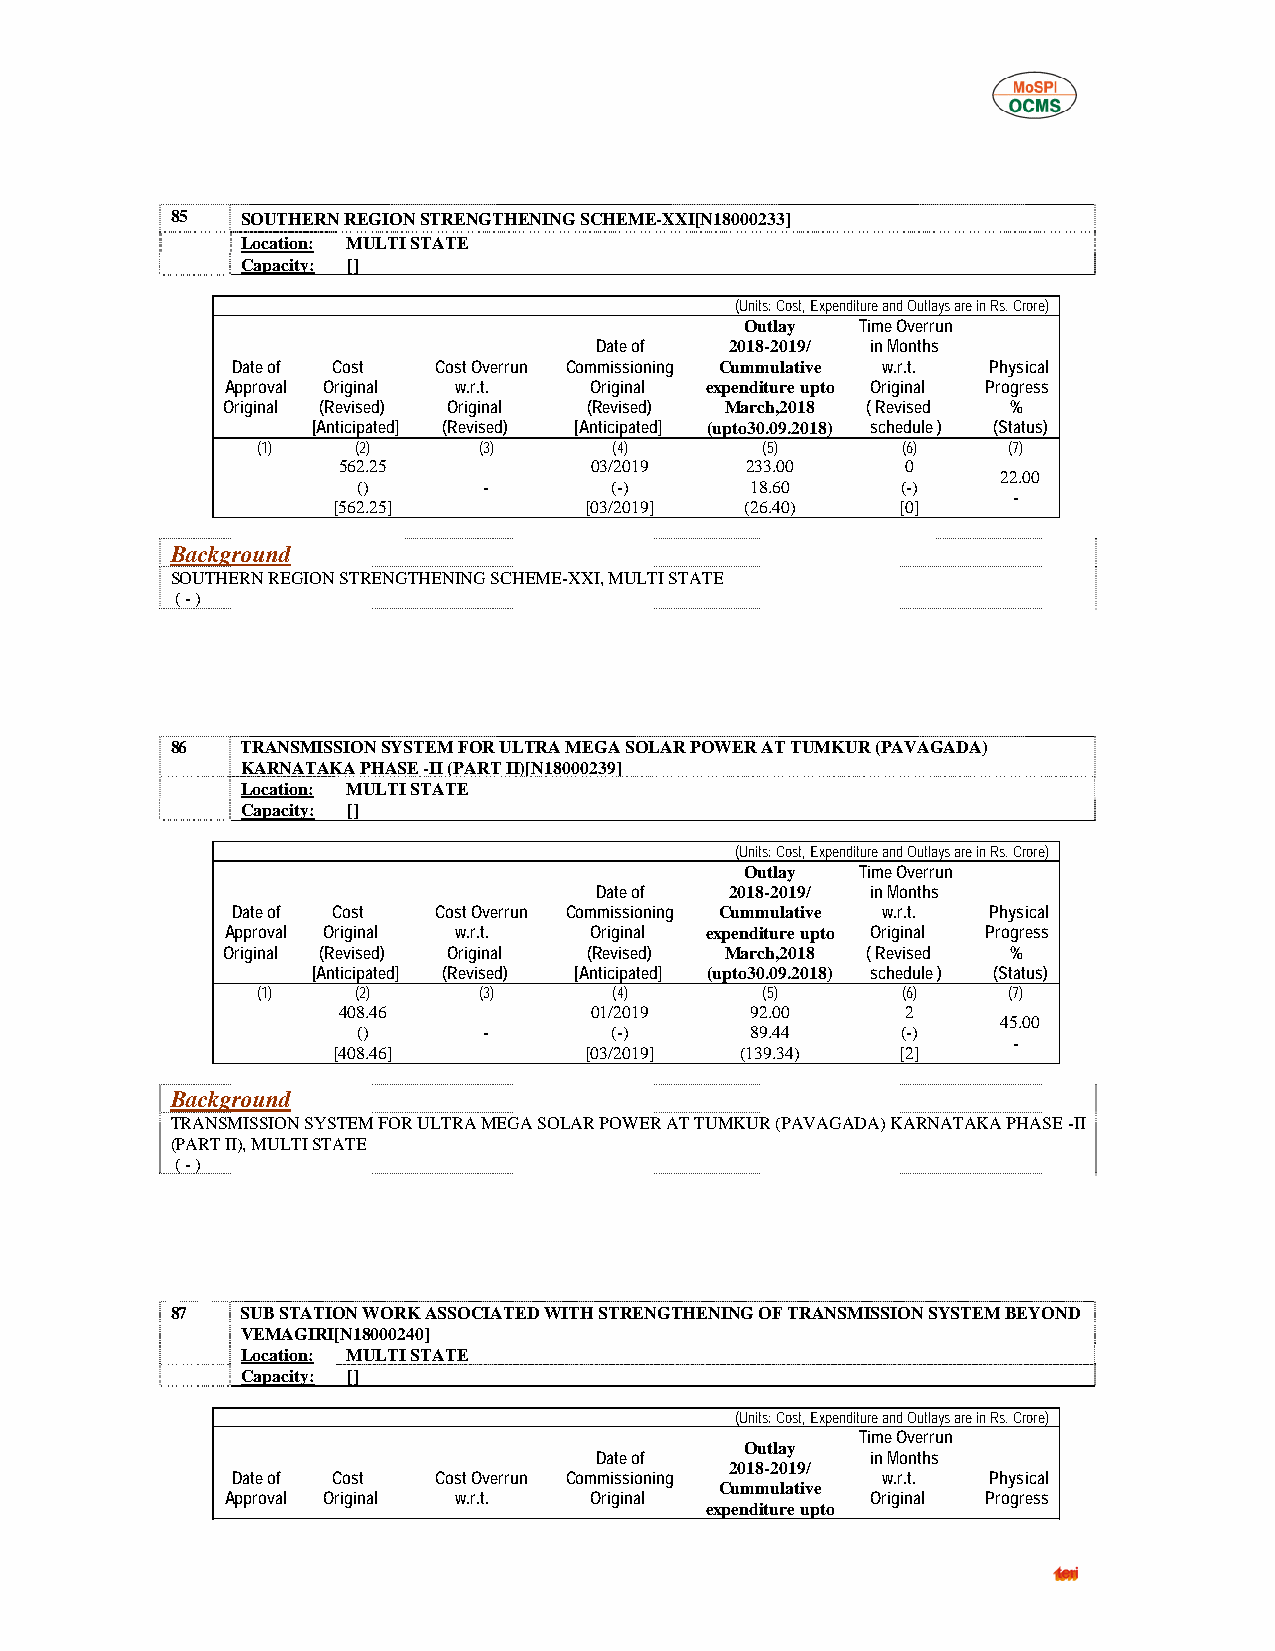
85   SOUTHERN REGION STRENGTHENING SCHEME-XXI[N18000233]
 Location: MULTI STATE
 Capacity: []
 (Units: Cost, Expenditure and Outlays are in Rs. Crore)
 Outlay  Time Overrun
 Date of  2018-2019/ in Months
 Date of Cost  Cost Overrun Commissioning Cummulative w.r.t. Physical
 Approval Original w.r.t. Original expenditure upto Original Progress
 Original (Revised) Original (Revised) March,2018 ( Revised %
 [Anticipated] (Revised) [Anticipated] (upto30.09.2018) schedule ) (Status)
 (1)    (2)     (3)      (4)      (5)       (6)    (7)
 562.25           03/2019   233.00     0
 22.00
 ()      -       (-)       18.60     (-)
 -
 [562.25]         [03/2019] (26.40)    [0]
 Background
 SOUTHERN REGION STRENGTHENING SCHEME-XXI, MULTI STATE
 ( - )
 86   TRANSMISSION SYSTEM FOR ULTRA MEGA SOLAR POWER AT TUMKUR (PAVAGADA)
 KARNATAKA PHASE -II (PART II)[N18000239]
 Location: MULTI STATE
 Capacity: []
 (Units: Cost, Expenditure and Outlays are in Rs. Crore)
 Outlay  Time Overrun
 Date of  2018-2019/ in Months
 Date of Cost  Cost Overrun Commissioning Cummulative w.r.t. Physical
 Approval Original w.r.t. Original expenditure upto Original Progress
 Original (Revised) Original (Revised) March,2018 ( Revised %
 [Anticipated] (Revised) [Anticipated] (upto30.09.2018) schedule ) (Status)
 (1)    (2)     (3)      (4)      (5)       (6)    (7)
 408.46           01/2019    92.00     2
 45.00
 ()      -       (-)       89.44     (-)
 -
 [408.46]         [03/2019] (139.34)   [2]
 Background
 TRANSMISSION SYSTEM FOR ULTRA MEGA SOLAR POWER AT TUMKUR (PAVAGADA) KARNATAKA PHASE -II
 (PART II), MULTI STATE
 ( - )
 87   SUB STATION WORK ASSOCIATED WITH STRENGTHENING OF TRANSMISSION SYSTEM BEYOND
 VEMAGIRI[N18000240]
 Location: MULTI STATE
 Capacity: []
 (Units: Cost, Expenditure and Outlays are in Rs. Crore)
 Time Overrun
 Outlay
 Date of            in Months
 2018-2019/
 Date of Cost  Cost Overrun Commissioning   w.r.t.  Physical
 Cummulative
 Approval Original w.r.t. Original          Original Progress
 expenditure upto